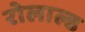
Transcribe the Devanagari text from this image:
रोलाल्ड